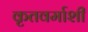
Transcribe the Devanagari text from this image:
कृतवर्माशी